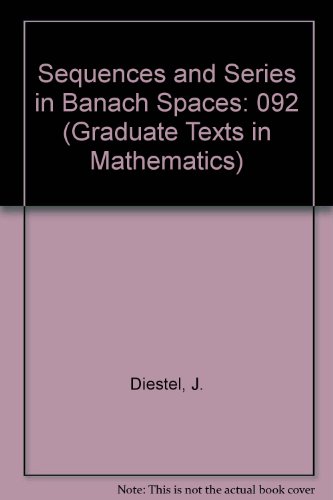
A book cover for Sequences and Series in Banach Spaces (Graduate Texts in Mathematics); J. Diestel; Science & Math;